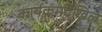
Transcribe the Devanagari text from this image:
कार्यक्रमदेखिल